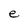
Character: e